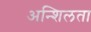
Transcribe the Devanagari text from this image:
अन्शिलता